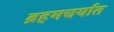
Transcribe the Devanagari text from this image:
ब्रहमचर्यात